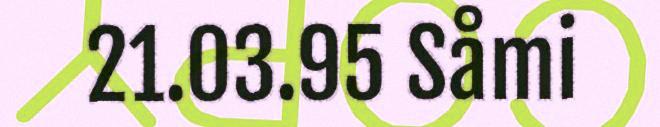
21.03.95 Såmi